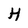
Character: H